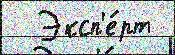
  Эксп'е́рт